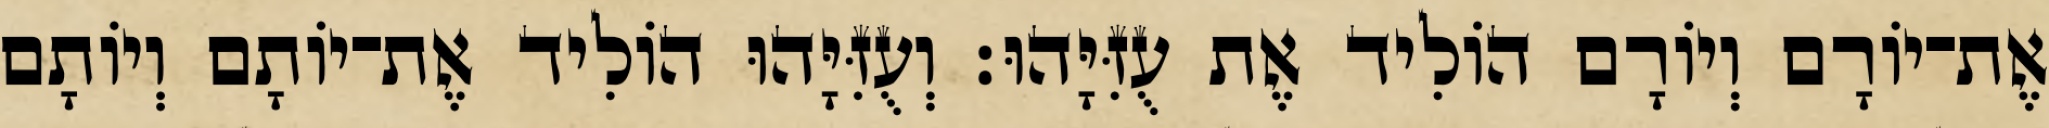
אֶת־יוֹרָם וְיוֹרָם הוֹלִיד אֶת עֻזִּיָּהוּ׃ וְעֻזִּיָּהוּ הוֹלִיד אֶת־יוֹתָם וְיוֹתָם